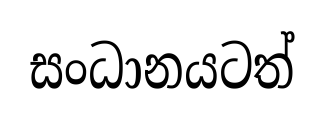
සංධානයටත්